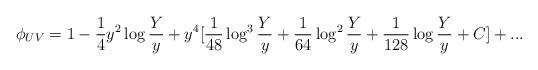
LaTeX: \begin{align*}\phi_{UV} = 1 - {1 \over 4}y^2\log{Y \over y} + y^4[{1 \over 48}\log^3{Y \over y}+{1 \over 64}\log^2{Y \over y}+{1 \over 128}\log {Y \over y}+C]+...\end{align*}